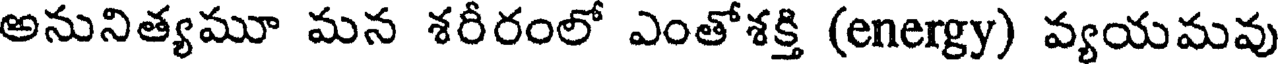
అనునిత్యమూ మన శరీరంలో ఎంతోశక్తి (energy) వ్యయమవు